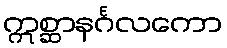
ဣစ္ဆာနင်္ဂလကော